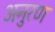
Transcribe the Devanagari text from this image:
अनुरण